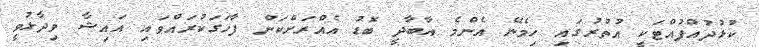
ކުޅުދުއްފުއްޓަކީ އުތުރުގައި ހިމެނޭ އެންމެ އާބާދީ ބޮޑު އެއްރަށްކަން ފާހަގަކުރައްވައި އައިޝާ ވިދާޅުވީ